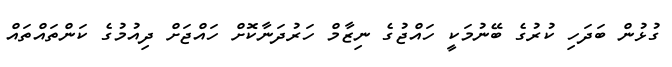
ގުޅުން ބަދަހި ކުރުގެ ބޭނުމަކީ ހައްޖުގެ ނިޒާމް ހަރުދަނާކޮށް ހައްޖަށް ދިއުމުގެ ކަންތައްތައް